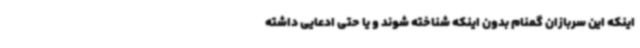
اینکه این سربازان گمنام بدون اینکه شناخته شوند و یا حتی ادعایی داشته